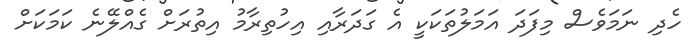
ހެދި ނަމަވެސް މިފަދަ އަމަލުތަކަކީ އެ ގަދަރާއި އިހުތިރާމު އިތުރަށް ގެއްލޭނެ ކަމަކަށް